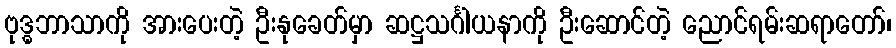
ဗုဒ္ဓဘာသာကို အားပေးတဲ့ ဦးနုခေတ်မှာ ဆဋ္ဌသင်္ဂါယနာကို ဦးဆောင်တဲ့ ညောင်ရမ်းဆရာတော်၊